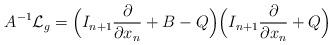
LaTeX: \begin{align*} A^{-1}\mathcal{L}_g = \Bigl(I_{n+1}\frac{\partial }{\partial x_n} + B - Q\Bigr)\Bigl(I_{n+1}\frac{\partial }{\partial x_n} + Q\Bigr) \end{align*}